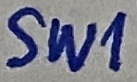
Text: SW1